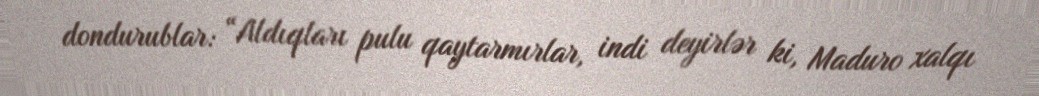
dondurublar: “Aldıqları pulu qaytarmırlar, indi deyirlər ki, Maduro xalqı